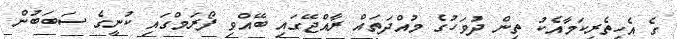
ގެ އެހީތެރިކަމާއެކު ތިން ދުވަހުގެ މުއްދަތައް ރާއްޖޭގައި ބޭއްވި ފޯރަމްގައި ކުނީގެ ސަބަބުން